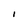
Character: I